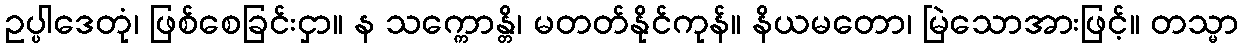
ဥပ္ပါဒေတုံ၊ ဖြစ်စေခြင်းငှာ။ န သက္ကောန္တိ၊ မတတ်နိုင်ကုန်။ နိယမတော၊ မြဲသောအားဖြင့်။ တသ္မာ